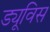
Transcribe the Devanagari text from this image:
ड्यूविस